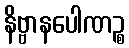
နိဗ္ဗာနပေါဏဉ္စ